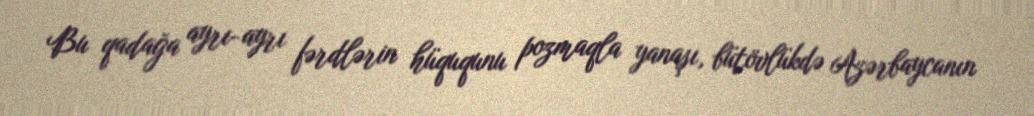
Bu qadağa ayrı-ayrı fərdlərin hüququnu pozmaqla yanaşı, bütövlükdə Azərbaycanın